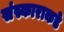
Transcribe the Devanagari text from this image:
संस्काराकडे